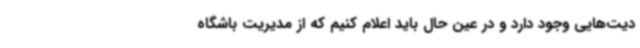
دیت‌هایی وجود دارد و در عین حال باید اعلام کنیم که از مدیریت باشگاه